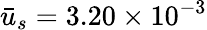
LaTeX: \bar{u}_{s}=3.20\times{10^{-3}}